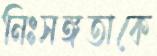
নিঃসঙ্গতাকে